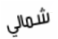
شمالي